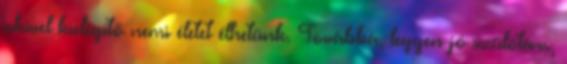
akivel kielégítő nemi életet élhetünk. Továbbá, legyen jó szülőtárs,